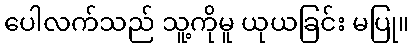
ပေါလက်သည် သူ့ကိုမူ ယုယခြင်း မပြု။